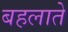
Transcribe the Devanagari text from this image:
बहलाते